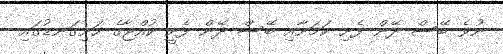
ނުވެ ބޭސް ދޭން ފެށި ކަމަށާއި ބޭސް ދޭން ފެށީ ކުއްޖާގެ ހަށިގަނޑުގައި